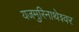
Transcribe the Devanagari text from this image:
यजमुरिनाथेश्‍वर